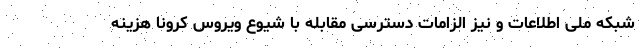
شبکه ملی اطلاعات و نیز الزامات دسترسی مقابله با شیوع ویروس کرونا هزینه